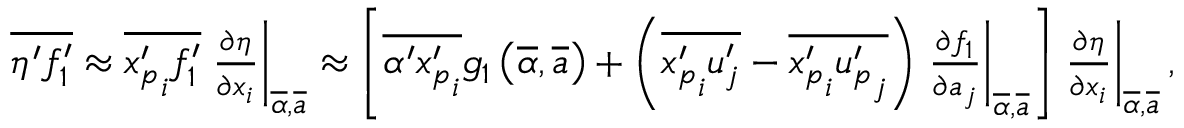
\begin{array} { r } { \overline { { \eta ^ { \prime } f _ { 1 } ^ { \prime } } } \approx \overline { { { x _ { p } ^ { \prime } } _ { i } f _ { 1 } ^ { \prime } } } \left. \frac { \partial \eta } { \partial x _ { i } } \right| _ { \overline { { \alpha } } , \overline { { \boldsymbol { a } } } } \approx \left[ \overline { { \alpha ^ { \prime } { x _ { p } ^ { \prime } } _ { i } } } g _ { 1 } \left( \overline { { \alpha } } , \overline { { \boldsymbol a } } \right) + \left( \overline { { { x _ { p } ^ { \prime } } _ { i } u _ { j } ^ { \prime } } } - \overline { { { x _ { p } ^ { \prime } } _ { i } { u _ { p } ^ { \prime } } _ { j } } } \right) \left. \frac { \partial f _ { 1 } } { \partial a _ { j } } \right| _ { \overline { { \alpha } } , \overline { { \boldsymbol { a } } } } \right] \left. \frac { \partial \eta } { \partial x _ { i } } \right| _ { \overline { { \alpha } } , \overline { { \boldsymbol { a } } } } , } \end{array}